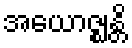
အယောဇ္ဈန္တိ